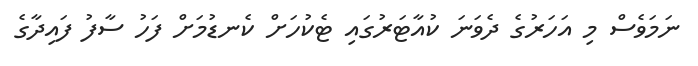
ނަމަވެސް މި އަހަރުގެ ދެވަނަ ކުއާޓަރުގައި ޓެކުހަށް ކެނޑުމަށް ފަހު ސާފު ފައިދާގެ